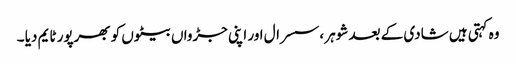
وہ کہتی ہیں شادی کے بعد شوہر ،سسرال اور اپنی جڑواں بیٹوں کو بھرپور ٹایم دیا ۔